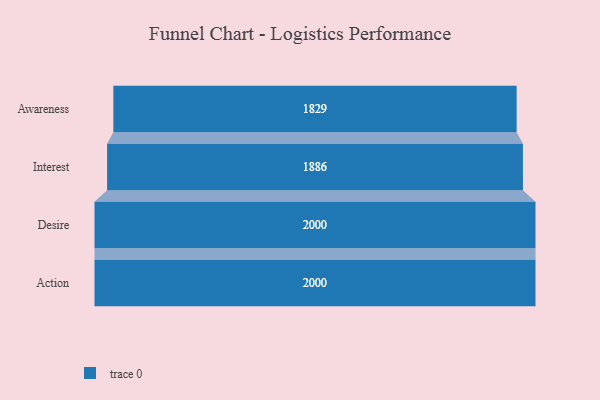
{"axis": {"x": "Stage", "y": "Value"}, "legend": [""], "data": [{"x": "Awareness", "y": 1829.0, "type": ""}, {"x": "Interest", "y": 1886.0, "type": ""}, {"x": "Desire", "y": 2000, "type": ""}, {"x": "Action", "y": 2000, "type": ""}]}